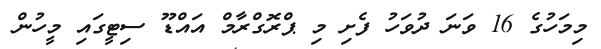
މިމަހުގެ 16 ވަނަ ދުވަހު ފެށި މި ޕްރޮގްރާމް އައްޑޫ ސިޓީގައި މީހުން